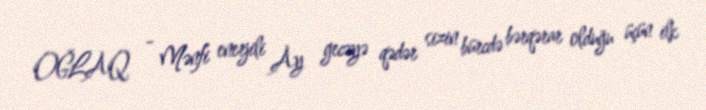
OĞLAQ - Mənfi enerjili Ay gecəyə qədər sizin bürcdə bərqərar olduğu üçün ilk